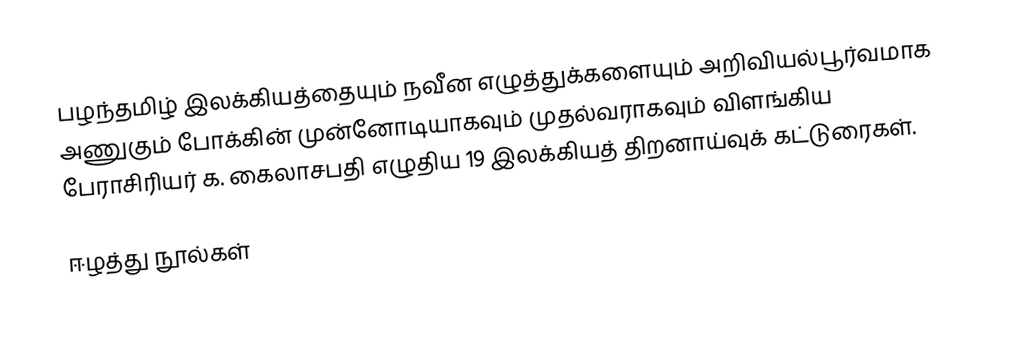
பழந்தமிழ் இலக்கியத்தையும் நவீன எழுத்துக்களையும் அறிவியல்பூர்வமாக அணுகும் போக்கின் முன்னோடியாகவும் முதல்வராகவும் விளங்கிய பேராசிரியர் க. கைலாசபதி எழுதிய 19 இலக்கியத் திறனாய்வுக் கட்டுரைகள்.

ஈழத்து நூல்கள்